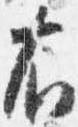
右